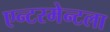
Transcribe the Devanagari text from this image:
एन्टरमेन्टला